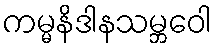
ကမ္မနိဒါနသမ္ဘဝေါ